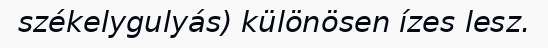
székelygulyás) különösen ízes lesz.